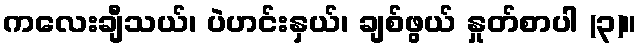
ကလေးချီသယ်၊ ပဲဟင်းနှယ်၊ ချစ်ဖွယ် နှုတ်စာပါ (၃)။